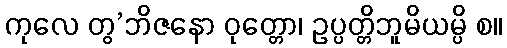
ကုလေ တွ’ဘိဇနော ဝုတ္တော၊ ဥပ္ပတ္တိဘူမိယမ္ပိ စ။